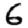
Digit: 6